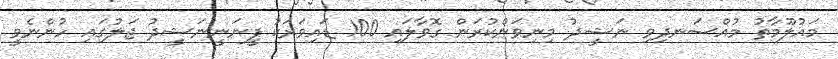
މައުލޫމާތު މުއްސަނދިވި ނަޝީދު މިނިވަންކުރަން ގޮވާލައި 100 ޑައިވަރަކު ފީނަނީނަޝީދު ޖަލުގައި ހުންނެވީ